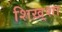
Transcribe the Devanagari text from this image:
शिख़्शा